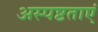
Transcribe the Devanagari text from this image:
अस्पष्टताएं